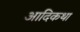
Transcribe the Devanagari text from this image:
आदिकथा